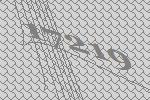
17219